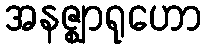
အနဇ္ဈာရုဟော